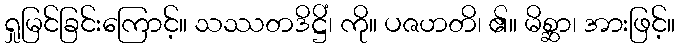
ရှုမြင်ခြင်းကြောင့်။ သဿတဒိဋ္ဌိံ၊ ကို။ ပဇဟတိ၊ ၏။ မိစ္ဆာ၊ အားဖြင့်။